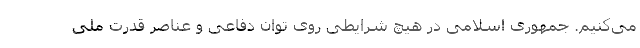
می‌کنیم. جمهوری اسلامی در هیچ شرایطی روی توان دفاعی و عناصر قدرت ملی